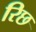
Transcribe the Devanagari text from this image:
रिछ